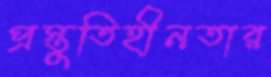
প্রস্তুতিহীনতার